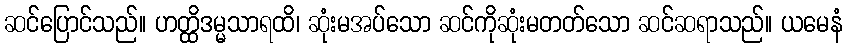
ဆင်ပြောင်သည်။ ဟတ္ထိဒမ္မသာရထိ၊ ဆုံးမအပ်သော ဆင်ကိုဆုံးမတတ်သော ဆင်ဆရာသည်။ ယမေနံ